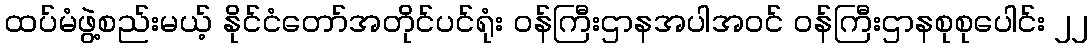
ထပ်မံဖွဲ့စည်းမယ့် နိုင်ငံတော်အတိုင်ပင်ရုံး ဝန်ကြီးဌာနအပါအဝင် ဝန်ကြီးဌာနစုစုပေါင်း ၂၂